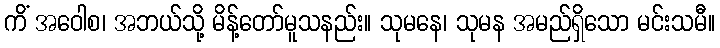
ကိံ အဝေါစ၊ အဘယ်သို့ မိန့်တော်မူသနည်း။ သုမနေ၊ သုမန အမည်ရှိသော မင်းသမီ။